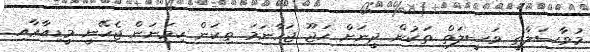
މުވާސަލާތީ ވަސީލަތް ތަކުން ދީނަށް ހަޖޫ ޖަހާނަމަ ތިކަން ހިމަނަން ޖެހޭނީ މީޑިއާޢާއި